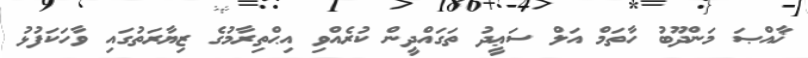
ޚާއްޞަ މަންދޫބު ހާތަމް އަލް ސަޢީދު ތަގައްދީން ކުރެއްވި އިޙްތިރާމުގެ ޒިޔާރަތުގައި ވާހަކަފުޅު